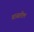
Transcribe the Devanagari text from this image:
वाढतील